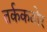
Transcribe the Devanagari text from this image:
तर्ककठोर